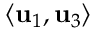
\langle \mathbf { u } _ { 1 } , \mathbf { u } _ { 3 } \rangle